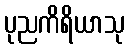
ပုညကိရိယာသု